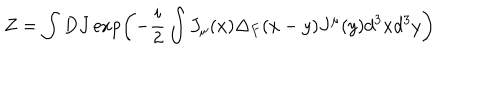
Z = \int D J \exp \left( - \frac { i } { 2 } \int J _ { \mu } ( x ) \Delta _ { F } ( x - y ) J ^ { \mu } ( y ) d ^ { 3 } x d ^ { 3 } y \right)